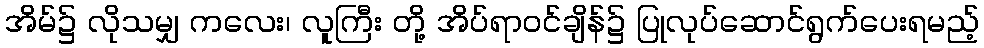
အိမ်၌ လိုသမျှ ကလေး၊ လူကြီး တို့ အိပ်ရာဝင်ချိန်၌ ပြုလုပ်ဆောင်ရွက်ပေးရမည့်